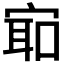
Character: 𫳛